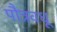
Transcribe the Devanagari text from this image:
पौत्रवधू